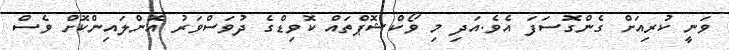
ވަނީ ކުރިއަށް ގެންގޮސަފަ އެވެ.އަދި މި ވޯކްޝޮޕްތައް ކޮވިޑްގެ ދުވަސްވަރު އޮންލައިންކޮށް ވެސް